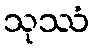
သုဿံ